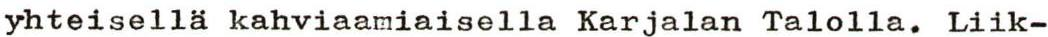
yhteisellä kahviaamiaisella Karjalan Talolla. Liik-